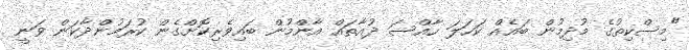
"މިސްކިތުގެ މުދިމުން ބައެއް ކަހަލަ ހާއްސަ ދުއާތައް އާންމުން ބައިވެރިކޮށްގެން ކުރަމުންދާކަން ވަނީ